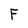
Character: F